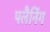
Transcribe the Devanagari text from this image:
पलैनिंग